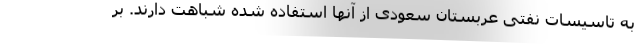
به تاسیسات نفتی عربستان سعودی از آنها استفاده شده شباهت دارند. بر